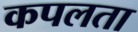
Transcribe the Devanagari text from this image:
कपलता